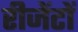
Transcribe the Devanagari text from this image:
रीजेंटों